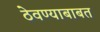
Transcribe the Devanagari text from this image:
ठेवण्याबाबत